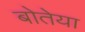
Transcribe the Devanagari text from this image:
बोतेया